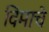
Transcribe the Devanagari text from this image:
विमाचे